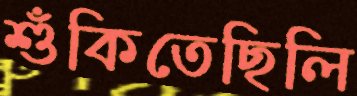
শুঁকিতেছিলি